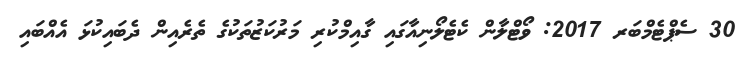
30 ސެޕްޓެމްބަރ 2017: ވޯޓްލާން ކެޓެލޯނިއާގައި ގާއިމްކުރި މަރުކަޒުތަކުގެ ތެރެއިން ދެބައިކުޅަ އެއްބައި